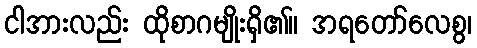
ငါအားလည်း ထိုစာဂမျိုးရှိ၏။ အရတော်လေစွ၊